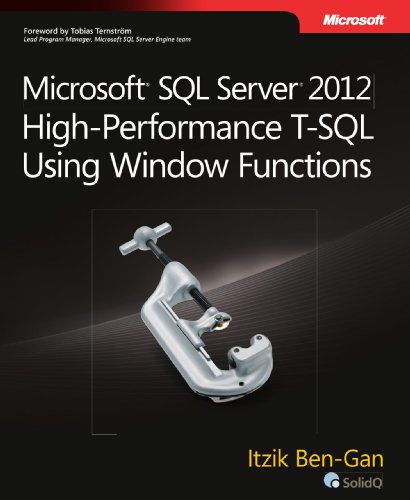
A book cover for Microsoft SQL Server 2012 High-Performance T-SQL Using Window Functions (Developer Reference); Itzik Ben-Gan; Computers & Technology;